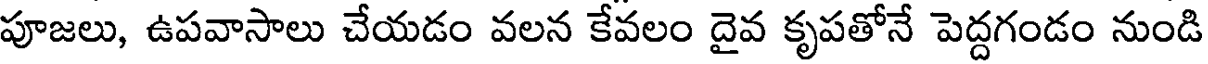
పూజలు, ఉపవాసాలు చేయడం వలన కేవలం దైవ కృపతోనే పెద్దగండం నుండి